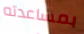
بمساعدته